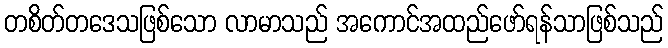
တစိတ်တဒေသဖြစ်သော လာမာသည် အကောင်အထည်ဖော်ရန်သာဖြစ်သည်